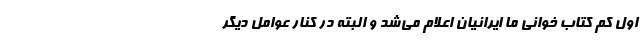
اول کم کتاب خوانی ما ایرانیان اعلام می‌شد و البته در کنار عوامل دیگر